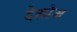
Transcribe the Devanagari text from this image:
देश्प्रेम